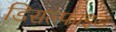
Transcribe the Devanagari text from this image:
डिसल्फाइड